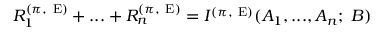
\begin{array} { r } { R _ { 1 } ^ { ( \pi , ~ \mathrm { E } ) } + . . . + R _ { n } ^ { ( \pi , ~ \mathrm { E } ) } = I ^ { ( \pi , ~ \mathrm { E } ) } ( A _ { 1 } , . . . , A _ { n } ; ~ B ) } \end{array}